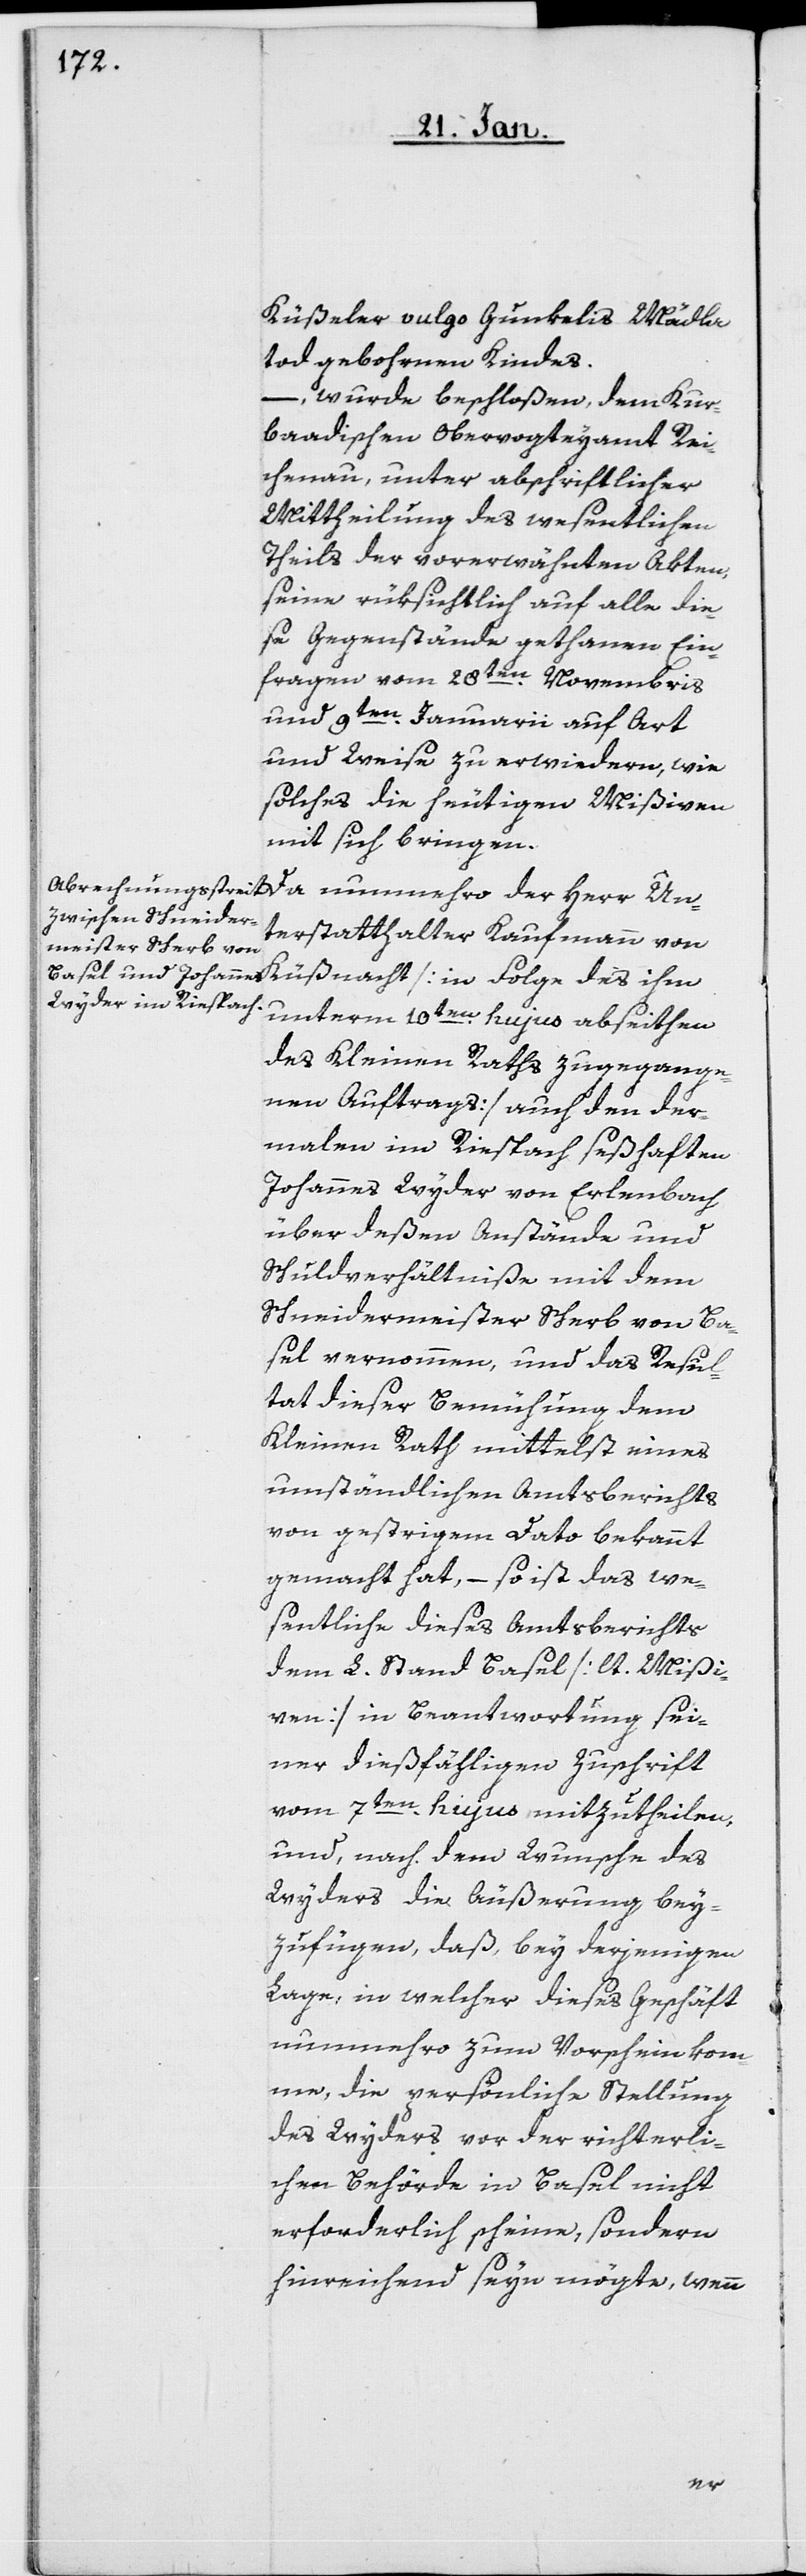
Rüßler vulgo Gunkelis Mädla
tod gebohrnen Kindes.
– wurde beschloßen, dem Kur¬
baadischen Obervogteyamt Rei¬
chenau, unter abschriftlicher
Mittheilung des wesentlichen
Theils der vorerwähnten Akten,
seine rücksichtlich auf alle die¬
se Gegenstände gethanen Ein¬
fragen vom 28ten. Novembris
und 9ten. Januarii auf Art
und Weise zu erwidern, wie
solches die heutigen Mißiven
mit sich bringen.
terstatthalter Kaufmann von
Küßnacht [in Folge des ihm
unterm 10ten. hujus abseithen
des Kleinen Raths zugegange¬
nen Auftrags] auch den der¬
malen im Riespach seßhaften
Johannes Wyder von Erlenbach
über deßen Anstände und
Schuldverhältniße mit dem
Schneidermeister Scherb von Ba¬
sel vernommen, und das Resul¬
tat dieser Bemühung dem
Kleinen Rath mittelst eines
umständlichen Amtsberichts
von gestrigem Dato bekannt
gemacht hat, – so ist das we¬
sentliche dieses Amtsberichts
dem L. Stand Basel [lt. Mißi¬
ven] in Beantwortung sei¬
ner dießfälligen Zuschrift
vom 7ten. hujus mitzutheilen,
und, nach dem Wunsche des
Wyders die Äußerung bey¬
zufügen, daß, bey derjenigen
Laage, in welcher dieses Geschäft
nunmehro zum Vorschein kom¬
me, die persönliche Stellung
des Wyders vor der richterli¬
chen Behörde in Basel nicht
erforderlich scheine, sondern
hinreichend seyn möchte, wenn
Un¬